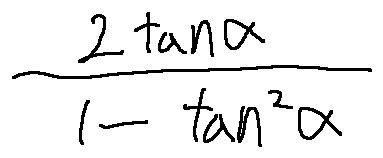
\frac { 2 \tan \alpha } { 1 - \tan ^ { 2 } \alpha }